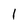
Character: 1